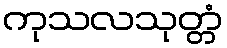
ကုသလသုတ္တံ